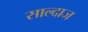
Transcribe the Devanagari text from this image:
साल्दाज